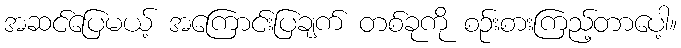
အဆင်ပြေမယ့် အကြောင်းပြချက် တစ်ခုကို စဉ်းစားကြည့်တာပေါ့။